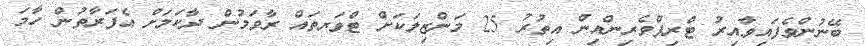
ބޭނުންވެފައިވާއިރު ޓްރިޕްވެރިންއިން އިތުުރު 25 މަންޒިލަކަށް ޓްވަރތައް ރާވަމުން ދާކަމަށް އެފަރާތުން ހާމަ